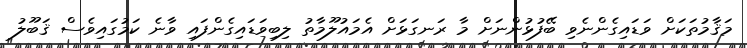
މަޤާމުތަކަށް ވަޑައިގެންނެވި ބޭފުޅުންނަށް މާ ރަނގަޅަށް އެމައުލޫމާތު ލިބިވަޑައިގެންފައި ވާނެ ކަމުގައިވެސް ޤަބޫލު